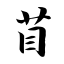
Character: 苜